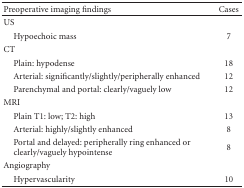
<table><thead><tr><td><b>Preoperative imaging findings </b></td><td><b>Cases</b></td></tr></thead><tbody><tr><td>US</td><td> </td></tr><tr><td> Hypoechoic mass</td><td>7</td></tr><tr><td>CT</td><td> </td></tr><tr><td> Plain: hypodense</td><td> 18</td></tr><tr><td> Arterial: significantly/slightly/peripherally enhanced</td><td> 12</td></tr><tr><td> Parenchymal and portal: clearly/vaguely low</td><td>12</td></tr><tr><td>MRI</td><td> </td></tr><tr><td> Plain T1: low; T2: high</td><td>13</td></tr><tr><td> Arterial: highly/slightly enhanced</td><td>8</td></tr><tr><td> Portal and delayed: peripherally ring enhanced or clearly/vaguely hypointense</td><td> 8</td></tr><tr><td>Angiography</td><td> </td></tr><tr><td> Hypervascularity</td><td>10</td></tr></tbody></table>